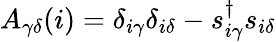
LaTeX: A_{\gamma\delta}(i)=\delta_{i\gamma}\delta_{i\delta}-s_{i\gamma}^{\dagger}s_{i\delta}